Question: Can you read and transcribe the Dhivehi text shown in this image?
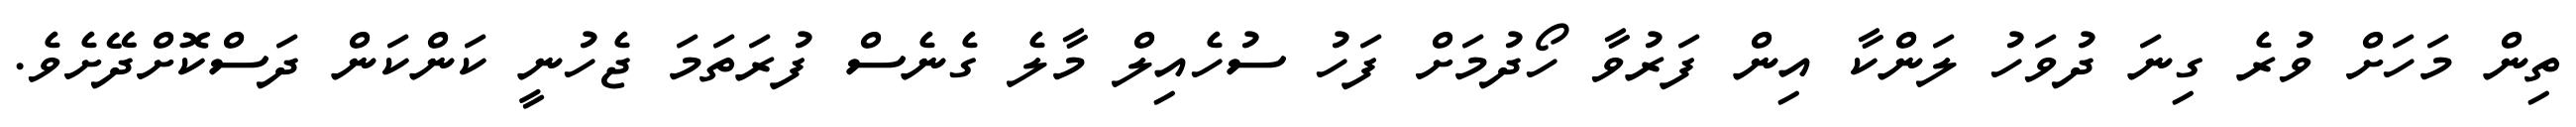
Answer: ތިން މަހަށް ވުރެ ގިނަ ދުވަހު ލަންކާ އިން ފަރުވާ ހޯދުމަށް ފަހު ސުހެއިލް މާލެ ގެނެސް ފުރަތަމަ ޖެހުނީ ކަންކަން ދަސްކޮށްދޭށެވެ.